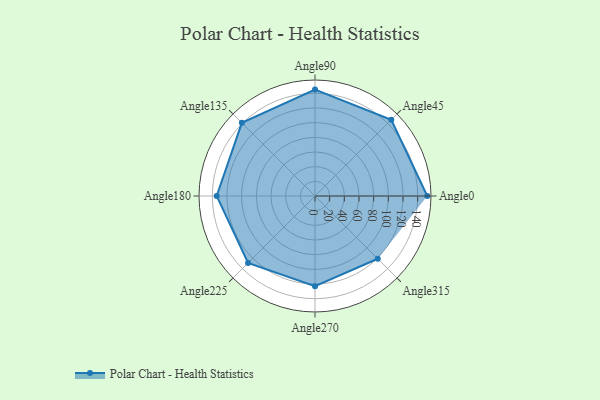
{"axis": {"x": "Angle", "y": "Radius"}, "legend": [""], "data": [{"x": "Angle0", "y": 153.0, "type": ""}, {"x": "Angle45", "y": 147.0, "type": ""}, {"x": "Angle90", "y": 145.0, "type": ""}, {"x": "Angle135", "y": 141.0, "type": ""}, {"x": "Angle180", "y": 134.0, "type": ""}, {"x": "Angle225", "y": 129.0, "type": ""}, {"x": "Angle270", "y": 123.0, "type": ""}, {"x": "Angle315", "y": 121.0, "type": ""}]}